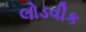
લોડવીક